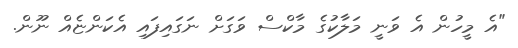
"އެ މީހުން އެ ވަނީ މަލާކުގެ މާކްސް ވަގަށް ނަގައިފައި އެކަންޏެއް ނޫން.